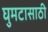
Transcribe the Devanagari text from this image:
घुमटासाठी